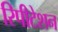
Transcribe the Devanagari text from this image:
रिपीटेशन